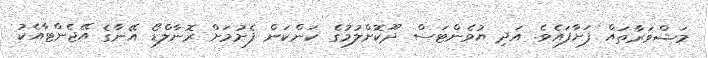
މަޝްވަރާތައް ފަށާފައެވެ. އަދި ޔުވެންޓަސް ދޫކޮށްލުމުގެ ކަންކަން ފެށުމަށް ރޮނާލްޑޯ އޭނާގެ އޭޖެންޓާއެކު